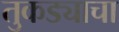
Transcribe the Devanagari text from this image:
तुकड्याचा